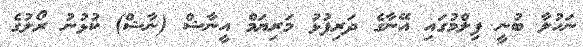
ނަހުލާ ބުނީ ފިލްމުގައި އޭނާގެ ދަރިފުޅު މަރިޔަމް އީނާޝް (ނާޝް) ކުޅުނު ރޯލުގެ